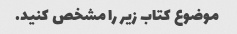
موضوع کتاب زیر را مشخص کنید.